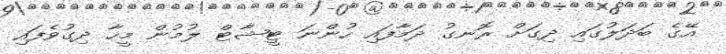
އޭގެ ބަދަލުގައި ދިގަށް ރޮނގު ދަމާފައި ހުންނަ ޓީޝާޓް ލުމުން މީހާ ދިގުވެފައި